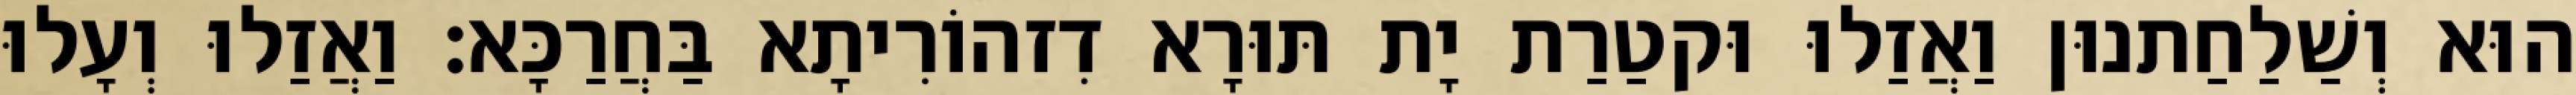
הוּא וְשַׁלַחַתנוּן וַאֲזַלוּ וּקטַרַת יָת תּוּרָא דִזהוֹרִיתָא בַּחֲרַכָּא׃ וַאֲזַלוּ וְעָלוּ